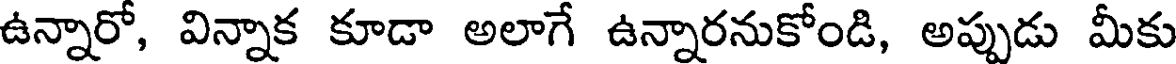
ఉన్నారో, విన్నాక కూడా అలాగే ఉన్నారనుకోండి, అప్పుడు మీకు